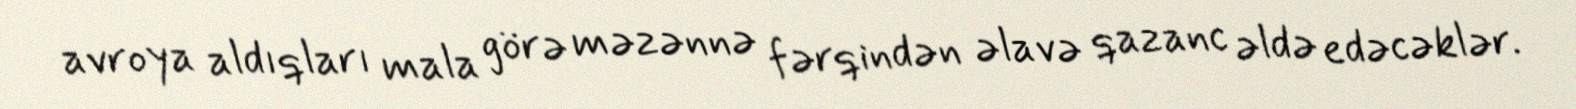
avroya aldıqları mala görə məzənnə fərqindən əlavə qazanc əldə edəcəklər.